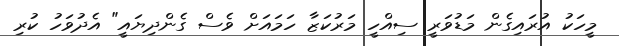
މީހަކު އުރައިގެން މަޑުވަރީ ސިއްހީ މަރުކަޒާ ހަމައަށް ވެސް ގެންދިޔައީ" އެދުވަހު ކުރި